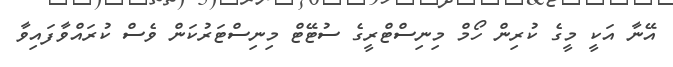
އޭނާ އަކީ މީގެ ކުރިން ހޯމް މިނިސްޓްރީގެ ސުޓޭޓް މިނިސްޓަރުކަން ވެސް ކުރައްވާފައިވާ